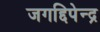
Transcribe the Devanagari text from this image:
जगद्दिपेन्द्र